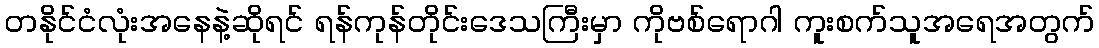
တနိုင်ငံလုံးအနေနဲ့ဆိုရင် ရန်ကုန်တိုင်းဒေသကြီးမှာ ကိုဗစ်ရောဂါ ကူးစက်သူအရေအတွက်